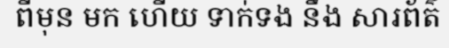
ពីមុន មក ហើយ ទាក់ទង នឹង សារព័ត៌